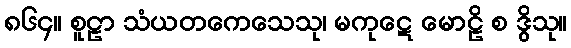
၈၆၄။ စူဠာ သံယတကေသေသု၊ မကုဋေ မောဠိ စ ဒွိသု။